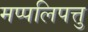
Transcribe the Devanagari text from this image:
मप्पलिपत्तु